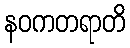
နဝကတရာတိ